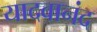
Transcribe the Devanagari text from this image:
यादवानंद